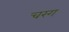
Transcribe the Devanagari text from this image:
चरग